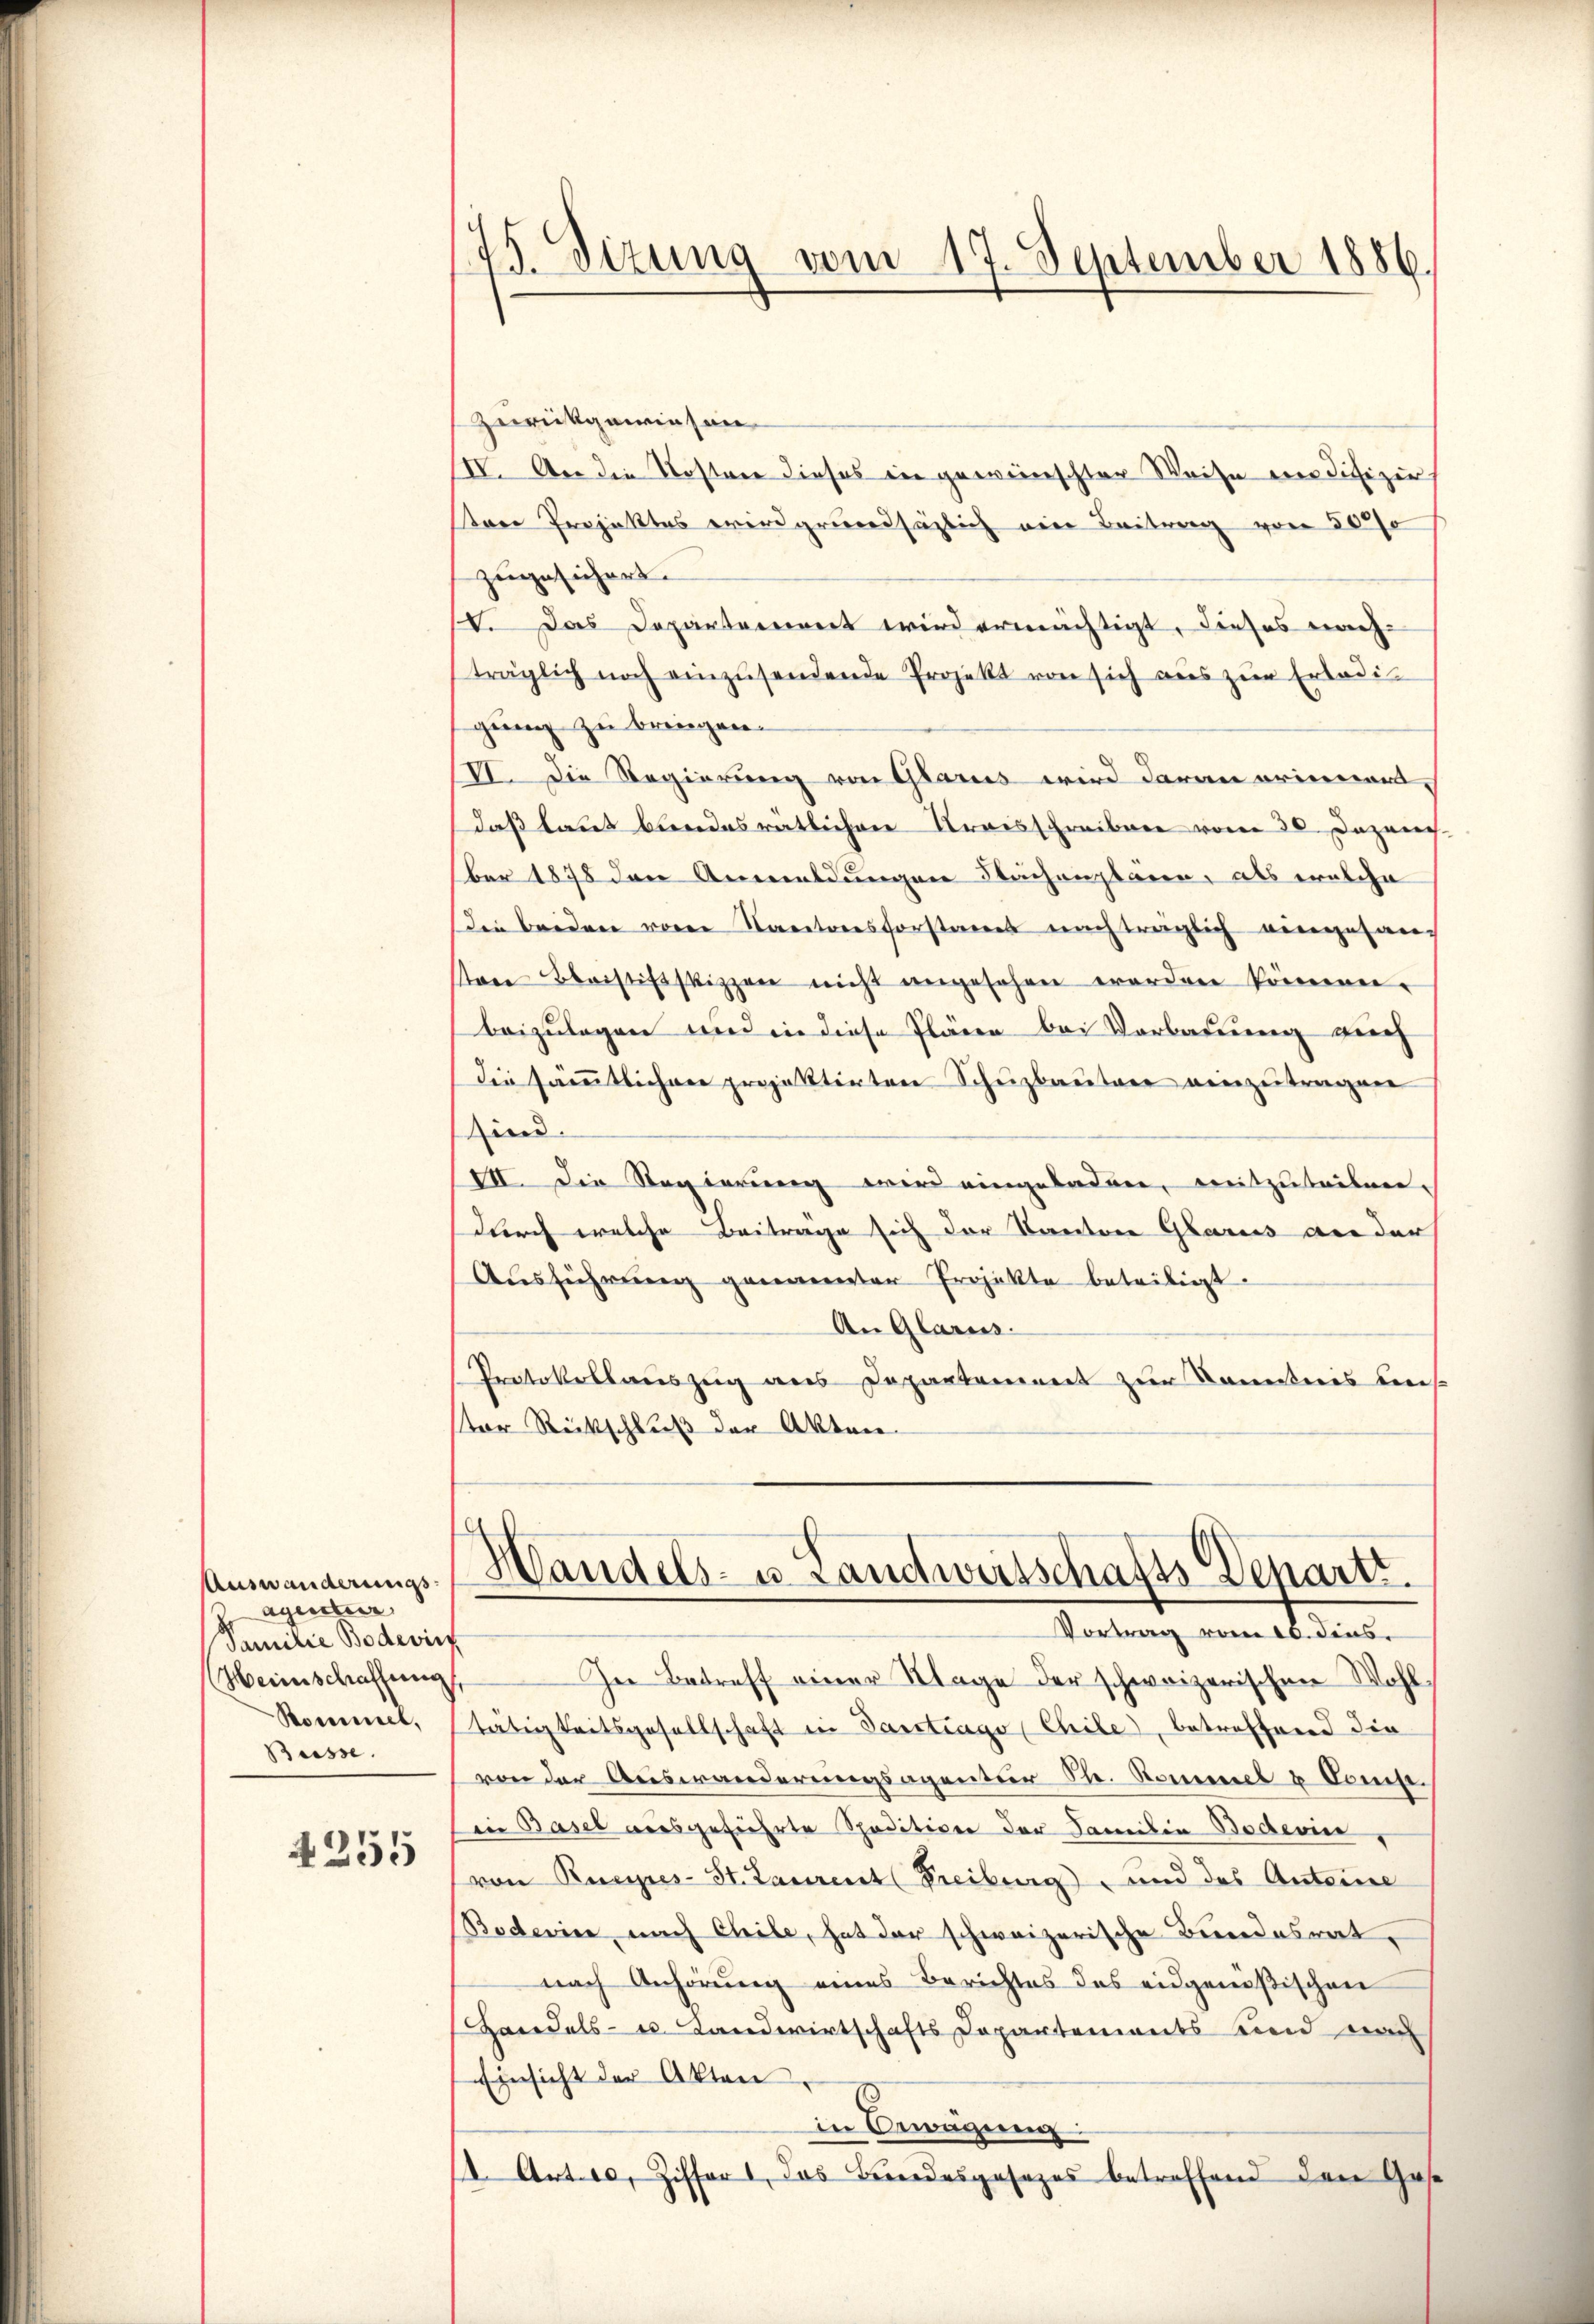
Auswanderungs-
Agentier,
Familie Bodevirf
Heinschaffung
Rommel,
Büsse.

4255

75. Dizung vom 17. September 1886.

Zurückgewiesen.
IIV. An die Kosten dieses in gewünschter Weise ein difizir
sten Projektes wird grundsäglich ein Beitrag von 500
zugesichert.
IV. Das Departement wird ermächtigt, dieses nach-
träglich noch einzŭsendende Projekt von sich aus zur Erledi
gung zu bringen.
VI. Die Regierung von Glarus wird daran erinnert,
daß laut bundesratlichen Kreisschreiben vom 30. Dezember 1878 den Anmeldungen Flächenplaren, als welche
dee beiden voren Kantonsforstant nach träglich eingesan-
ten Beistifskizzen nicht angesehen werden können.
beizulegen und in diese Plänen bei Verbauung gerich
die sämmtlichere projektirten Schuzbautere einzutragen
ind.
II. Die Regierung wird eingeladen, mitzuteilen.
durch welche Beitrage sich der Kanton Glarus an der
Aŭsführŭng genannter Projekte beteiligt.
An Glarus.
Protokollauszug aus Departement zur Kenntnis beres.
ter Rückschluß der Akten

In Betreff einer Klage der schweizerischen Wohl
tätigkeitsgesellschaft in Tantrago (Chile, betreffend die
von der Auswanderungsagentuer Str. Rommel u Comp.
iin Basel ausgeführte Spedition der Familie Bodevie
von Ruesses-St. Laurent (Freiburg und das Anteine
Boderien, nach Chile, hat der schweizerische Bundesrat,
nach Anhörung eines Berichtes des eidgenößischen
Handels- u. Landwirtschafts Departements und nach
Einsicht der Akten
in Bewägung:
s. Art. 10, Ziffer 1, das Beendesgesezes betreffend den Gese

Handels- u. Landwirtschafts Depart.
Vortrag vom 10. dens.